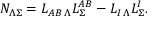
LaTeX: { \cal N } _ { \Lambda \Sigma } = L _ { A B \, \Lambda } L _ { \Sigma } ^ { A B } - L _ { I \, \Lambda } L _ { \Sigma } ^ { I } .